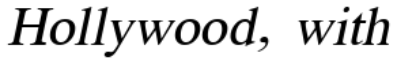
Hollywood, with